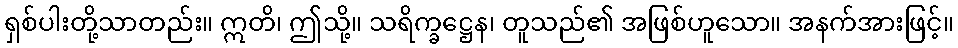
ရှစ်ပါးတို့သာတည်း။ ဣတိ၊ ဤသို့။ သရိက္ခဋ္ဌေန၊ တူသည်၏ အဖြစ်ဟူသော။ အနက်အားဖြင့်။